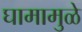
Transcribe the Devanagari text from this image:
घामामुळे